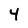
Character: 4